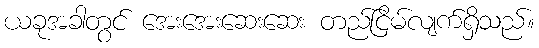
ယခုအခါတွင် အေးအေးဆေးဆေး တည်ငြိမ်လျက်ရှိသည်။